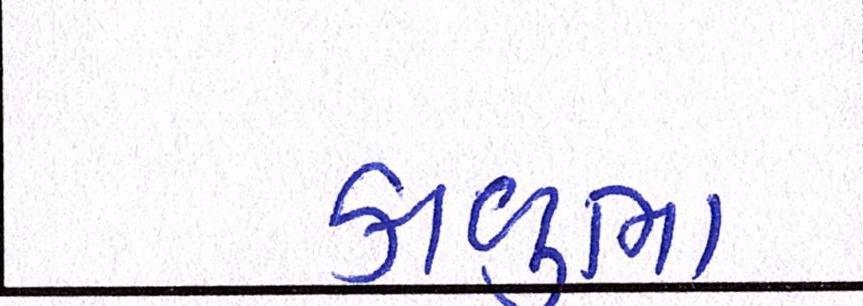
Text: કાળુભા